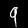
Label: 9